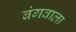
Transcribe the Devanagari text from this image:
बंगवाला